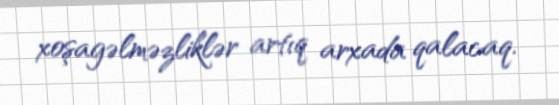
xoşagəlməzliklər artıq arxada qalacaq.